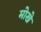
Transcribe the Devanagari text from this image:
मोखे